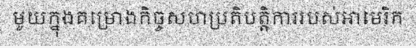
មួយក្នុងគម្រោងកិច្ចសហប្រតិបត្តិការរបស់អាមេរិក